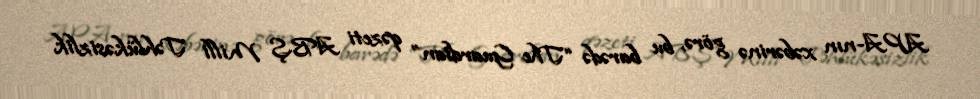
APA-nın xəbərinə görə, bu barədə “The Guardian” qəzeti ABŞ Milli Təhlükəsizlik